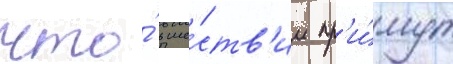
что́ в ше́ств'ии пр'и́мут